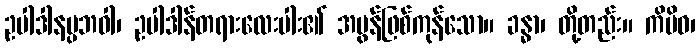
ဥပါဒါနပ္ပဘဝါ၊ ဥပါဒါန်တရားလေးပါး၏ အမွန်ဖြစ်ကုန်သော။ ခန္ဓာ၊ တို့တည်း။ ကိမိဝ၊